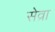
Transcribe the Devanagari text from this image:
सेव्रा